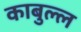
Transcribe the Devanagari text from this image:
काबुल्ल